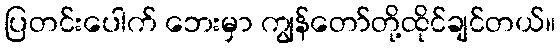
ပြတင်းပေါက် ဘေးမှာ ကျွန်တော်တို့ထိုင်ချင်တယ်။